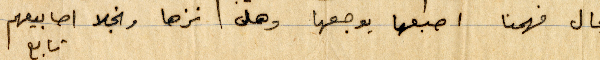
انجال فهمنا اصبعها يوجعها وهل نزها ونجلا اصابيعهم